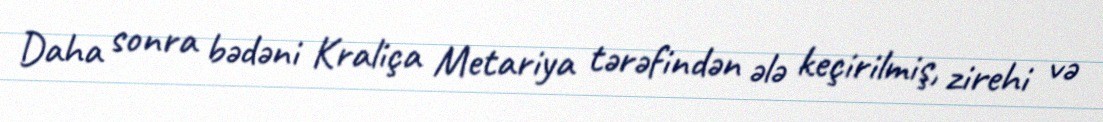
Daha sonra bədəni Kraliça Metariya tərəfindən ələ keçirilmiş, zirehi və